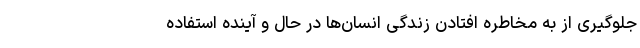
جلوگیری از به مخاطره افتادن زندگی انسان‌ها در حال و آینده استفاده